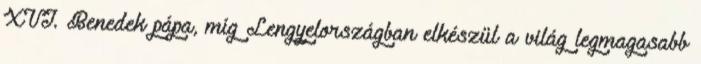
XVI. Benedek pápa, míg Lengyelországban elkészül a világ legmagasabb